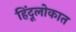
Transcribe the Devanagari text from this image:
हिंदूलोकात